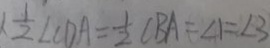
\frac { 1 } { 2 } \angle C D A = \frac { 1 } { 2 } \angle B A = \angle 1 = \angle 3